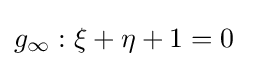
g_{\infty }:\xi +\eta +1=0\